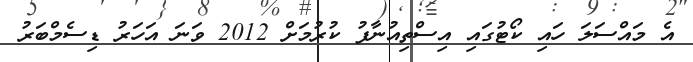
އެ މައްސަލަ ހައި ކޯޓުގައި އިސްތިއުނާފު ކުރުމަށް 2012 ވަނަ އަހަރު ޑިސެމްބަރު